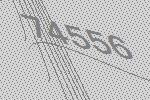
74556